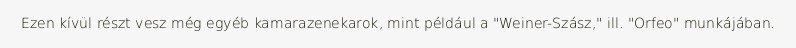
Ezen kívül részt vesz még egyéb kamarazenekarok, mint például a "Weiner-Szász," ill. "Orfeo" munkájában.